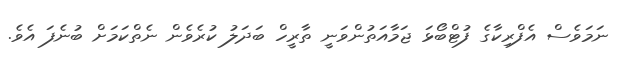
ނަމަވެސް އެފްރިކާގެ ފުޓްބޯޅަ ޖަމާއަތުންވަނީ ތާރީހް ބަދަލު ކުރެވެން ނެތްކަމަށް ބުނެފަ އެވެ.